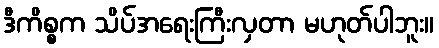
ဒီကိစ္စက သိပ်အရေးကြီးလှတာ မဟုတ်ပါဘူး။